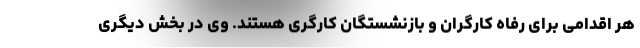
هر اقدامی برای رفاه کارگران و بازنشستگان کارگری هستند. وی در بخش دیگری